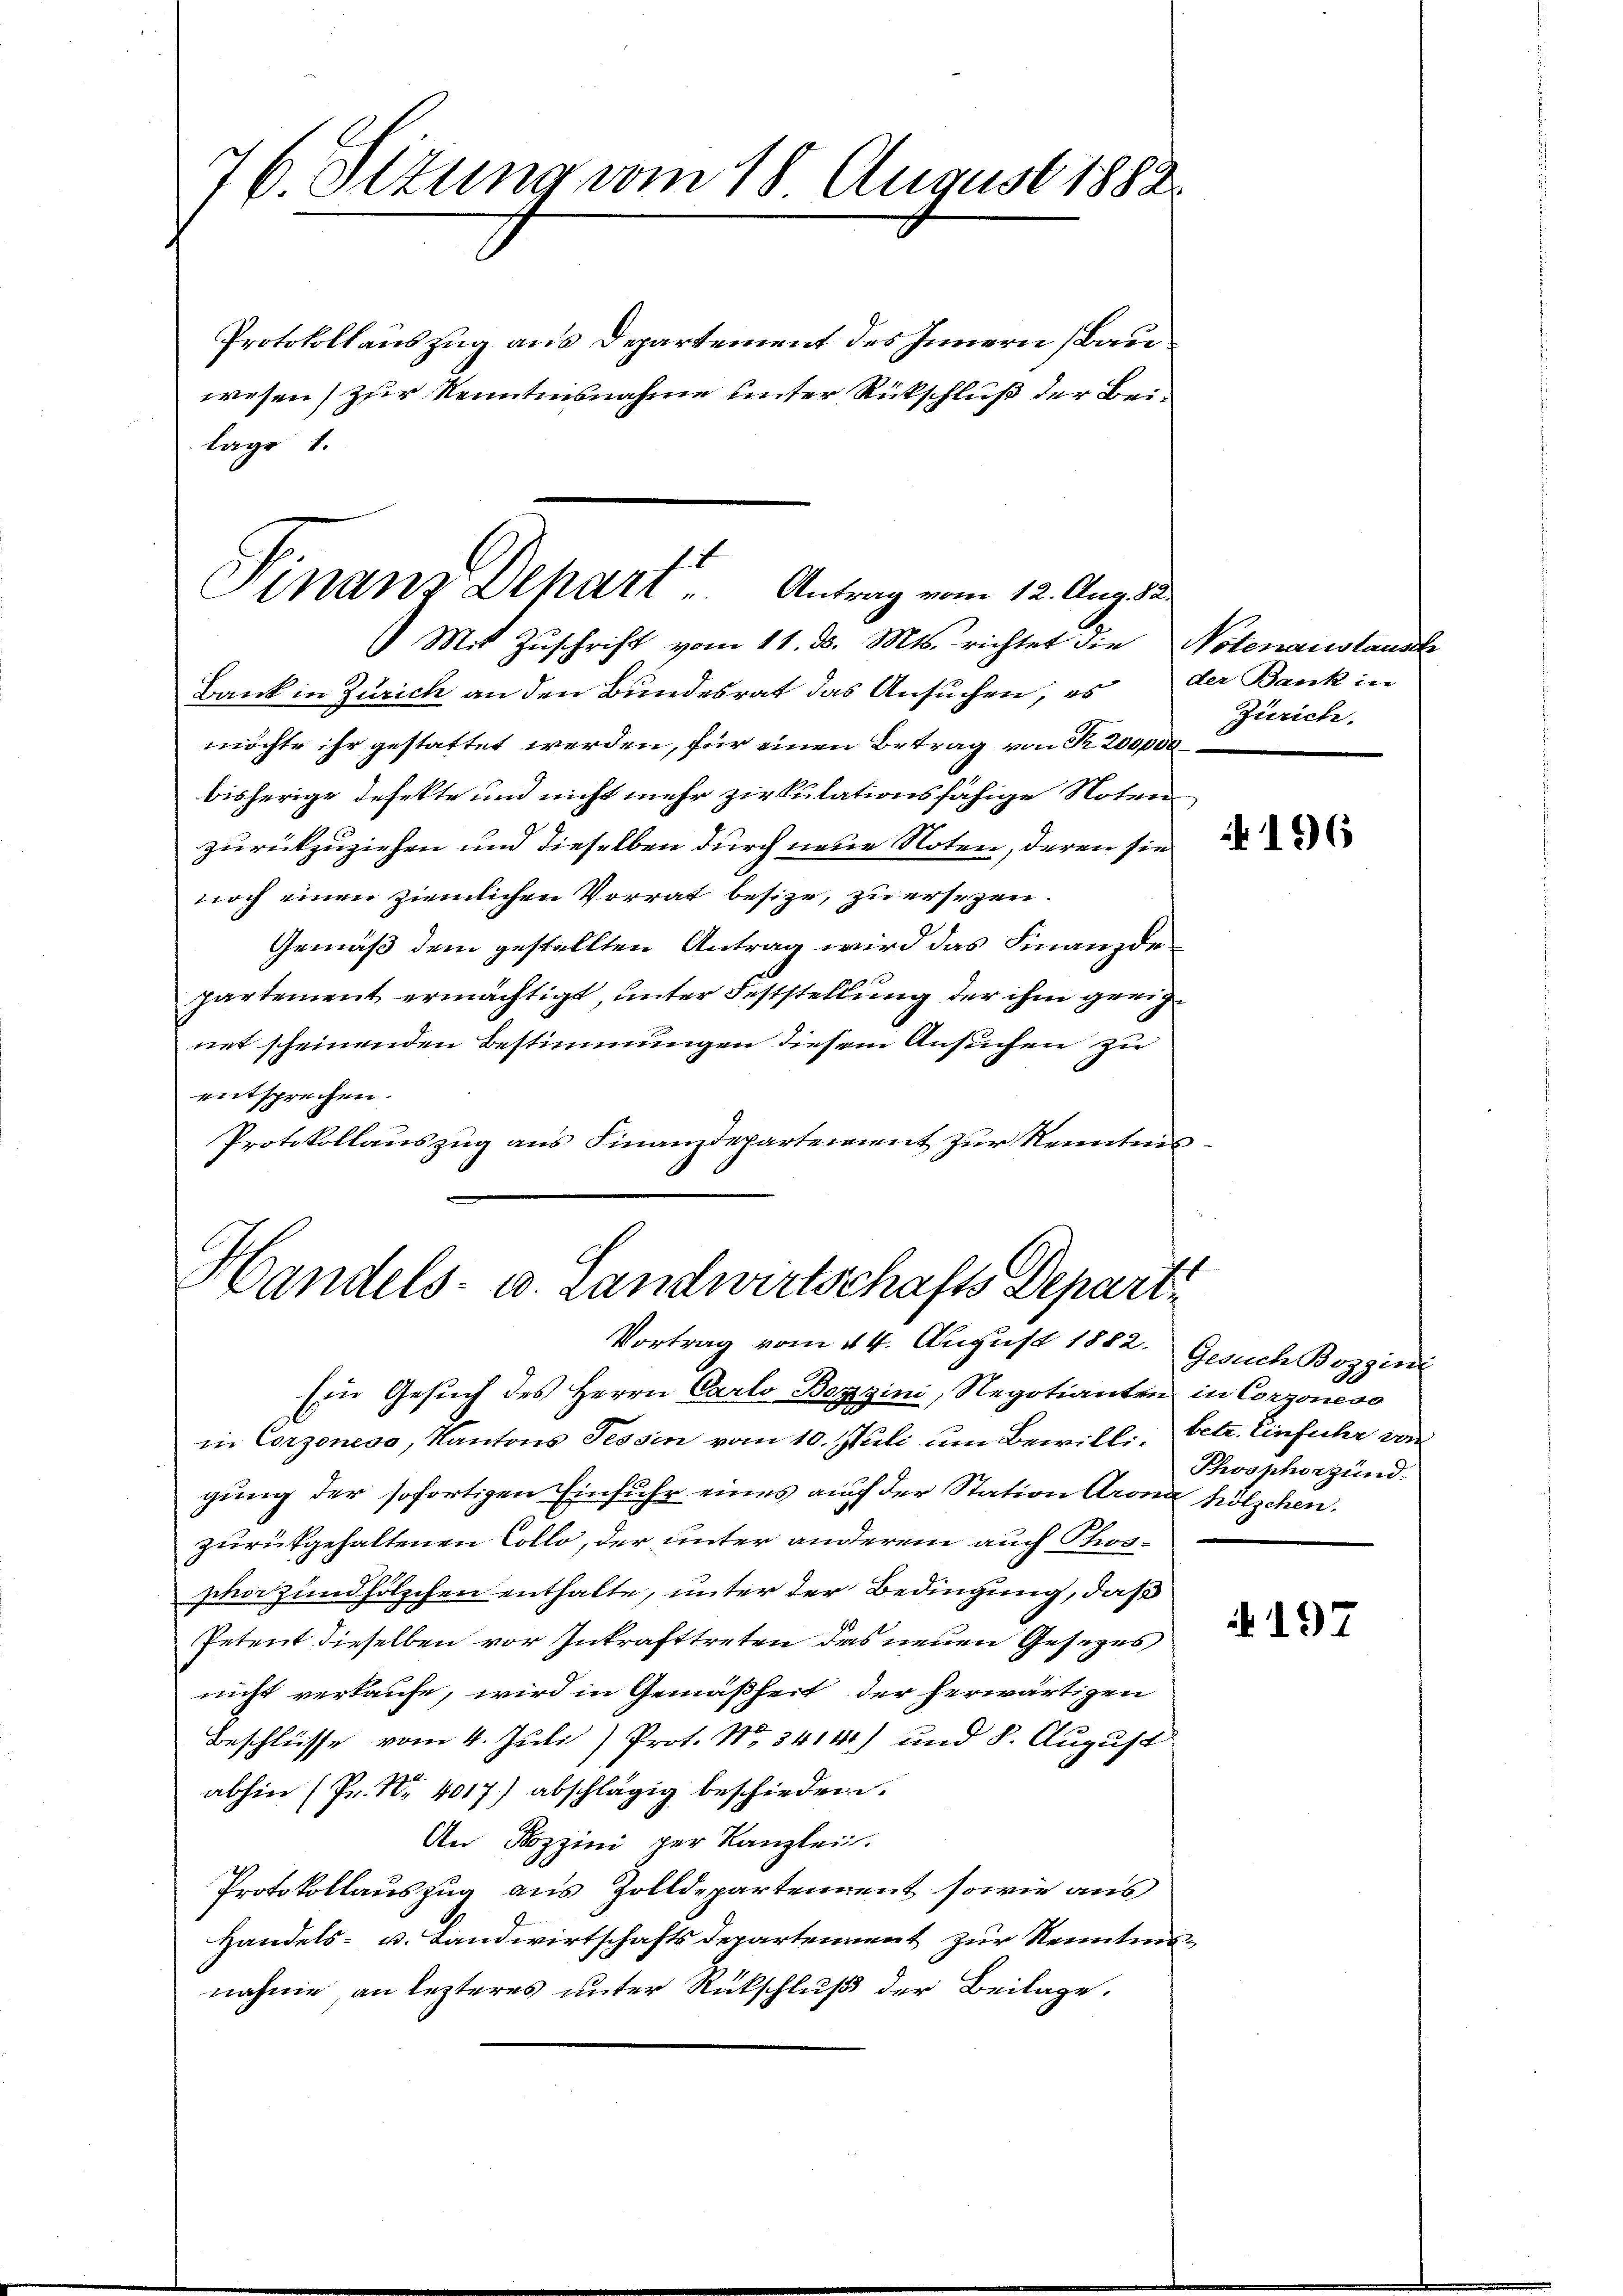
76. Situng vom 18 August 1888.

Protokollauszug aus Departement des Innern Bauwesen) zur Kenntnisnahme unter Rückschluß der Beilage 1.

Mit Zuschrift vom 11. d. Mts. richtet die Notenanstausch
Bank in Zürich an den Bundesrat das Ansuchen, es der Bank in
möchte ihr gestattet werden, für einen Betrag von Nr. 200,000
bisherige defekte und nicht mehr zirkulationsfähige Noten
zurückzuziehen und dieselben durch neue Noten, deren sie
noch einen ziemlichen Vorrat besitze, zu ersezen.
Gemäß dem gestellten Antrag wird das Finanzde
partement ermächtigt unter Feststellung der ihm geeignet scheinenden Bestimmungen diesem Ansuchen zu
entsprechen.
Protokollauszug aus Finanzdepartement zur Kenntnis¬

Finanz-Depart Antrag vom 12. Aug. u.

.
Gandels- u. Landwirtschafts Departi
Vortrag vom 24. August 1882. Gesuch Bozgini

Ein Gesŭch des Herrn Carlo Bergini, Negotianten in Corzoneso
in Corzoness, Kantons Tessin vom 10. Juli um Bewilli, betr. Einfuhr von
gung der sofortigen Einfuhr eines auf der Station Arona hölzchen.
zurückgehaltenen Collo, der unter anderem auch Phosshozundhölzchen enthalte, unter der Bedingung, daß
Petent dieselben vor Inkrafttreten das neuen Gesetzes,
nicht verkaufe, wird in Gemäßheit der herwärtigen
Beschlüsse vom 4. Juli) Prot. No. 3414) und 8. August
abhin (Pr. Nr. 4017) abschlägig beschieden.
An Pozzini per Kanzlei.
Protokollauszug aus Zolldepartement sowie aus
Handels- u. Landwirtschafts Departement zur Kenntensnahme, an lezteres unter Rückschluß der Beilage.

Zürich.

196

Phosphorgund

197